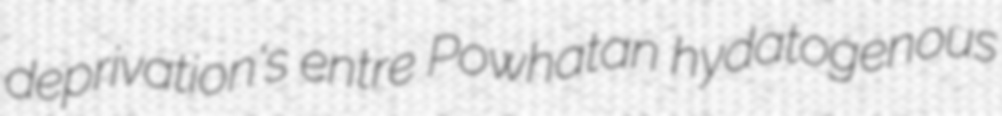
deprivation's entre Powhatan hydatogenous